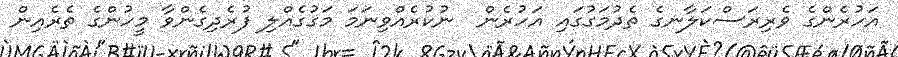
އަހުރެންގެ ވެރިރަސްކަލާނގެ ތެދުމަގުގައި އަހުރެން  ނުކުރެއްވިނަމަ މަގުގެއްލި ފުރެދިގެންވާ މީހުންގެ ތެރެއިން